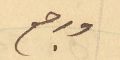
ورجع